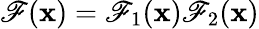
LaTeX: \mathscr{F}(\mathbf{{x}})=\mathscr{F}_{1}(\mathbf{{x}})\mathscr{F}_{2}(\mathbf{{x}})